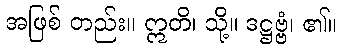
အဖြစ် တည်း။ ဣတိ၊ သို့။ ဒဋ္ဌဗ္ဗံ၊ ၏။